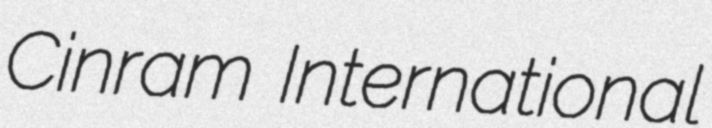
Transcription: Cinram International